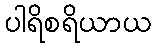
ပါရိစရိယာယ